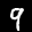
Label: 9